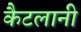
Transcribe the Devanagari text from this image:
कैटलानी